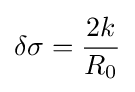
\delta \sigma ={\frac {2k}{R_{0}}}